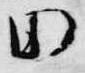
田